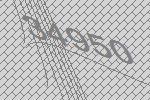
34950